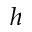
h